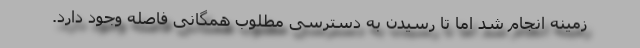
زمینه انجام شد اما تا رسیدن به دسترسی مطلوب همگانی فاصله وجود دارد.